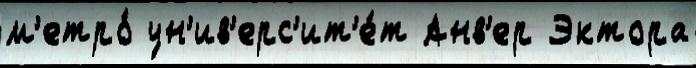
м'етро́ ун'ив'ерс'ит'е́т Анв'ер Эктора